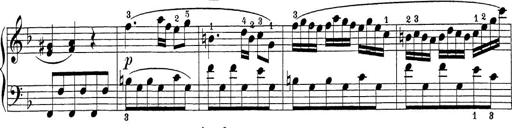
Title: Sonatina Album
Composer: Louis KÃ¶hler